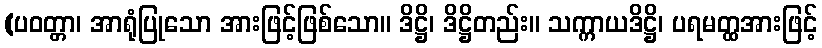
(ပဝတ္တာ၊ အာရုံပြုသော အားဖြင့်ဖြစ်သော။ ဒိဋ္ဌိ၊ ဒိဋ္ဌိတည်း။ သက္ကာယဒိဋ္ဌိ၊ ပရမတ္ထအားဖြင့်